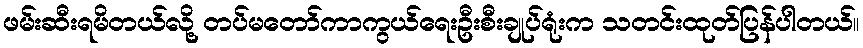
ဖမ်းဆီးရမိတယ်လို့ တပ်မတော်ကာကွယ်ရေးဦးစီးချုပ်ရုံးက သတင်းထုတ်ပြန်ပါတယ်။